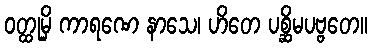
ဝတ္ထုမှိ ကာရဏေ နာသေ၊ ဟိတေ ပစ္ဆိမပဗ္ဗတေ။